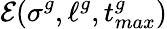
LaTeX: \mathcal{E}(\sigma^{g},\ell^{g},t_{max}^{g})